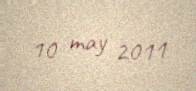
10 may 2011